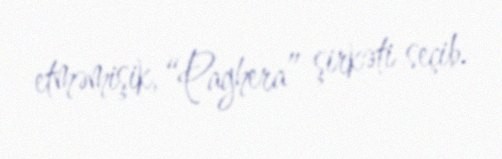
etməmişik, “Paghera” şirkəti seçib.